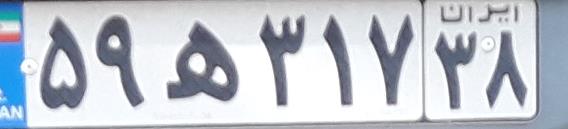
۵۹ه۳۱۷۳۸